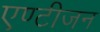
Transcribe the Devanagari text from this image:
एण्टीजन